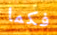
فكما